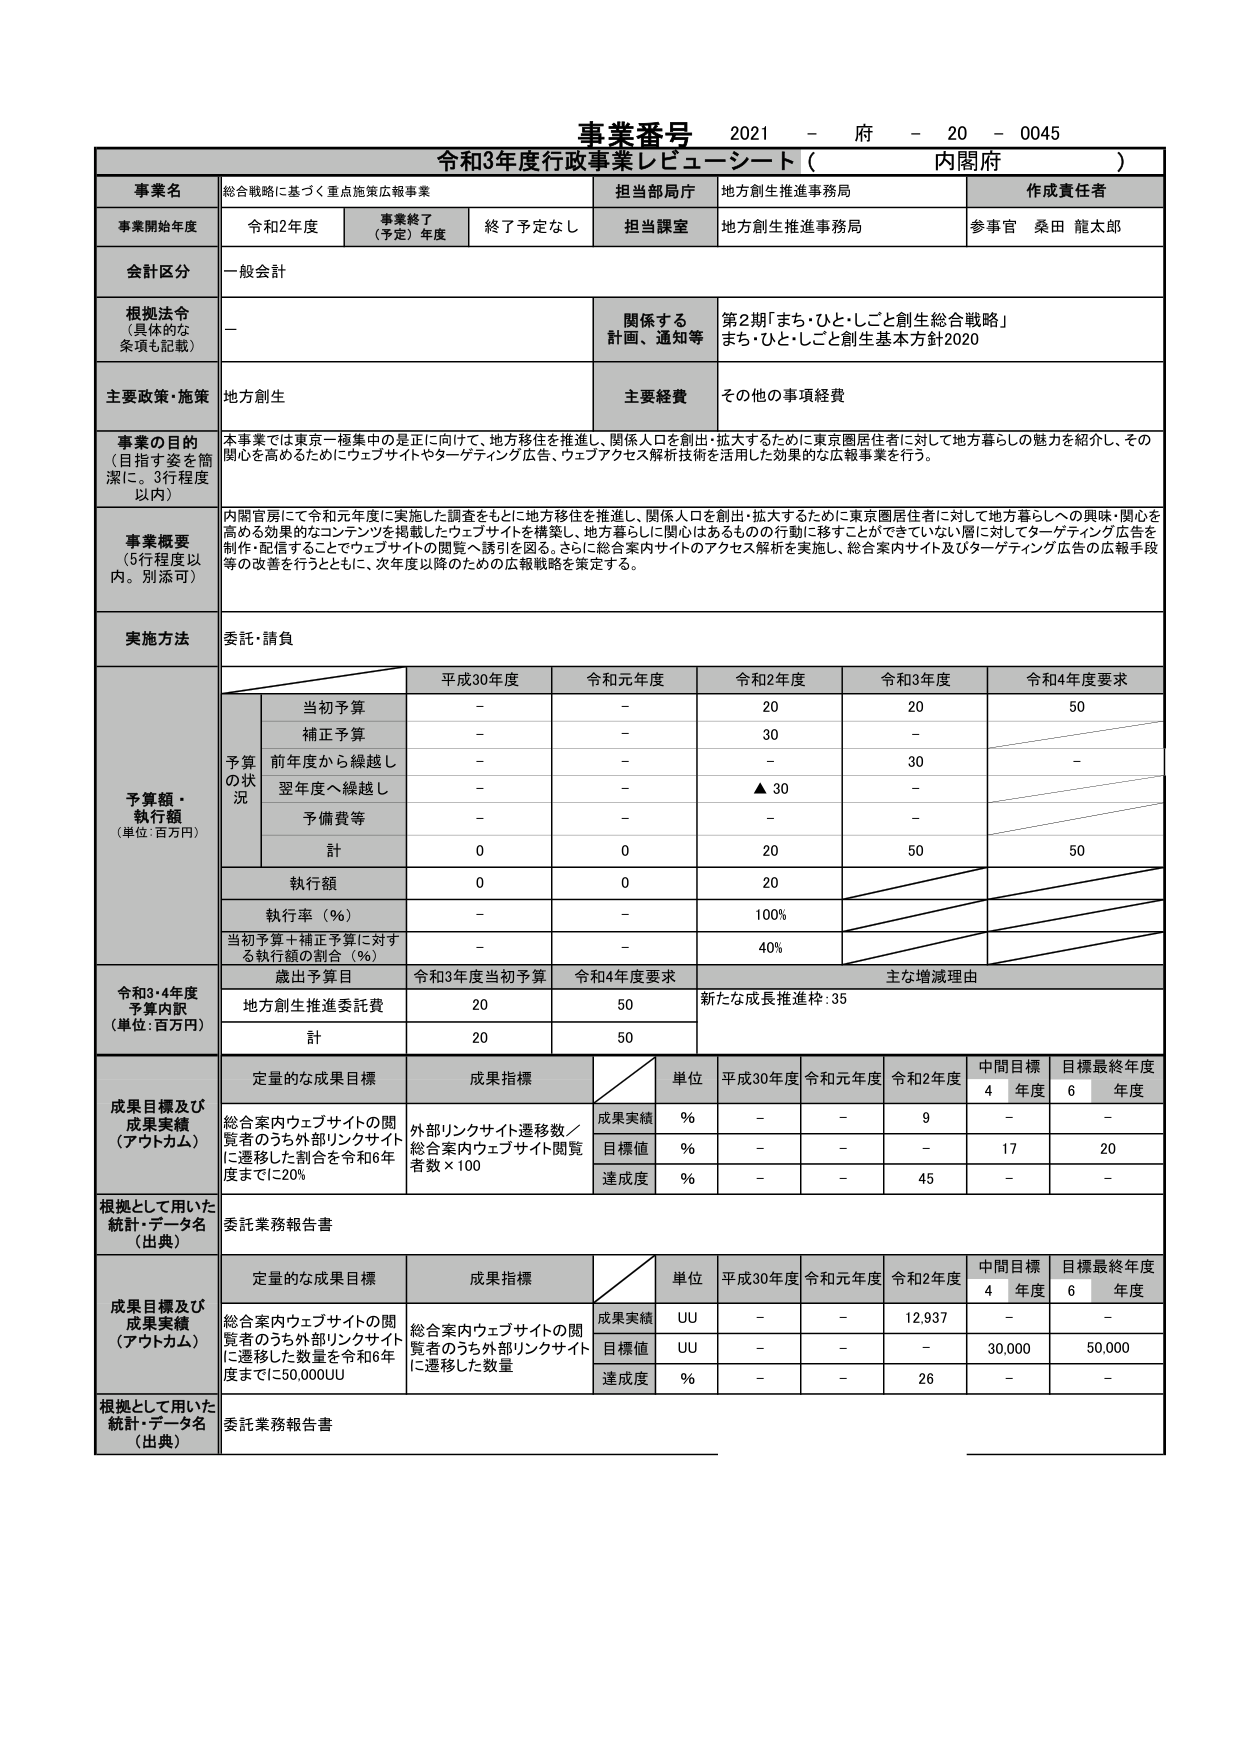
事業番号 2021 - 府 - 20 - 0045
令和3年度行政事業レビューーシート（ 内閣府 ）

事業名 総合戦略に基づく重点施策広報事業
担当部局庁 地方創生推進事務局
作成責任者

事業開始年度 令和2年度 事業終了（予定）年度 終了予定なし 担当課室 地方創生推進事務局 参事官 桑田 龍太郎

会計区分 一般会計

根拠法令（具体的な条項も記載） － 関係する計画、通知等 第2期「まち・ひと・しごと創生総合戦略」 まち・ひと・しごと創生基本方針2020

主要政策・施策 地方創生 主要経費 その他の事項経費

事業の目的（目指す姿を簡潔に。3行程度以内） 本事業では東京一極集中の是正に向けて、地方移住を推進し、関係人口を創出・拡大するために東京圏居住者に対して地方暮らしの魅力を紹介し、その関心を高めるためにウェブサイトやターゲティング広告、ウェブアクセス解析技術を活用した効果的な広報事業を行う。

事業概要（5行程度以内。別添可） 内閣官房にて令和元年度に実施した調査をもとに地方移住を推進し、関係人口を創出・拡大するために東京圏居住者に対して地方暮らしへの興味・関心を高める効果的なコンテンツを掲載したウェブサイトを構築し、地方暮らしに関心はあるものの行動に移すことができていない層に対してターゲティング広告を制作・配信することでウェブサイトの閲覧へ誘引を図る。さらに総合案内サイトのアクセス解析を実施し、総合案内サイト及びターゲティング広告の広報手段等の改善を行うとともに、次年度以降のための広報戦略を策定する。

実施方法 委託・請負

予算額・執行額（単位：百万円）